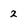
Character: 2